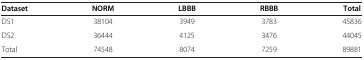
<table><thead><tr><td><b>Dataset</b></td><td><b>NORM</b></td><td><b>LBBB</b></td><td><b>RBBB</b></td><td><b>Total</b></td></tr></thead><tbody><tr><td>DS1</td><td>38104</td><td>3949</td><td>3783</td><td>45836</td></tr><tr><td>DS2</td><td>36444</td><td>4125</td><td>3476</td><td>44045</td></tr><tr><td>Total</td><td>74548</td><td>8074</td><td>7259</td><td>89881</td></tr></tbody></table>